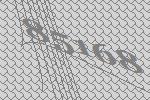
85168